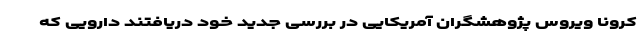
کرونا ویروس پژوهشگران آمریکایی در بررسی جدید خود دریافتند دارویی که